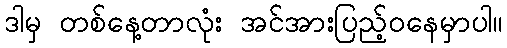
ဒါမှ တစ်နေ့တာလုံး အင်အားပြည့်ဝနေမှာပါ။